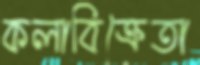
কলাবিক্রেতা